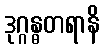
ဒုဂ္ဂန္ဓတရာနိ